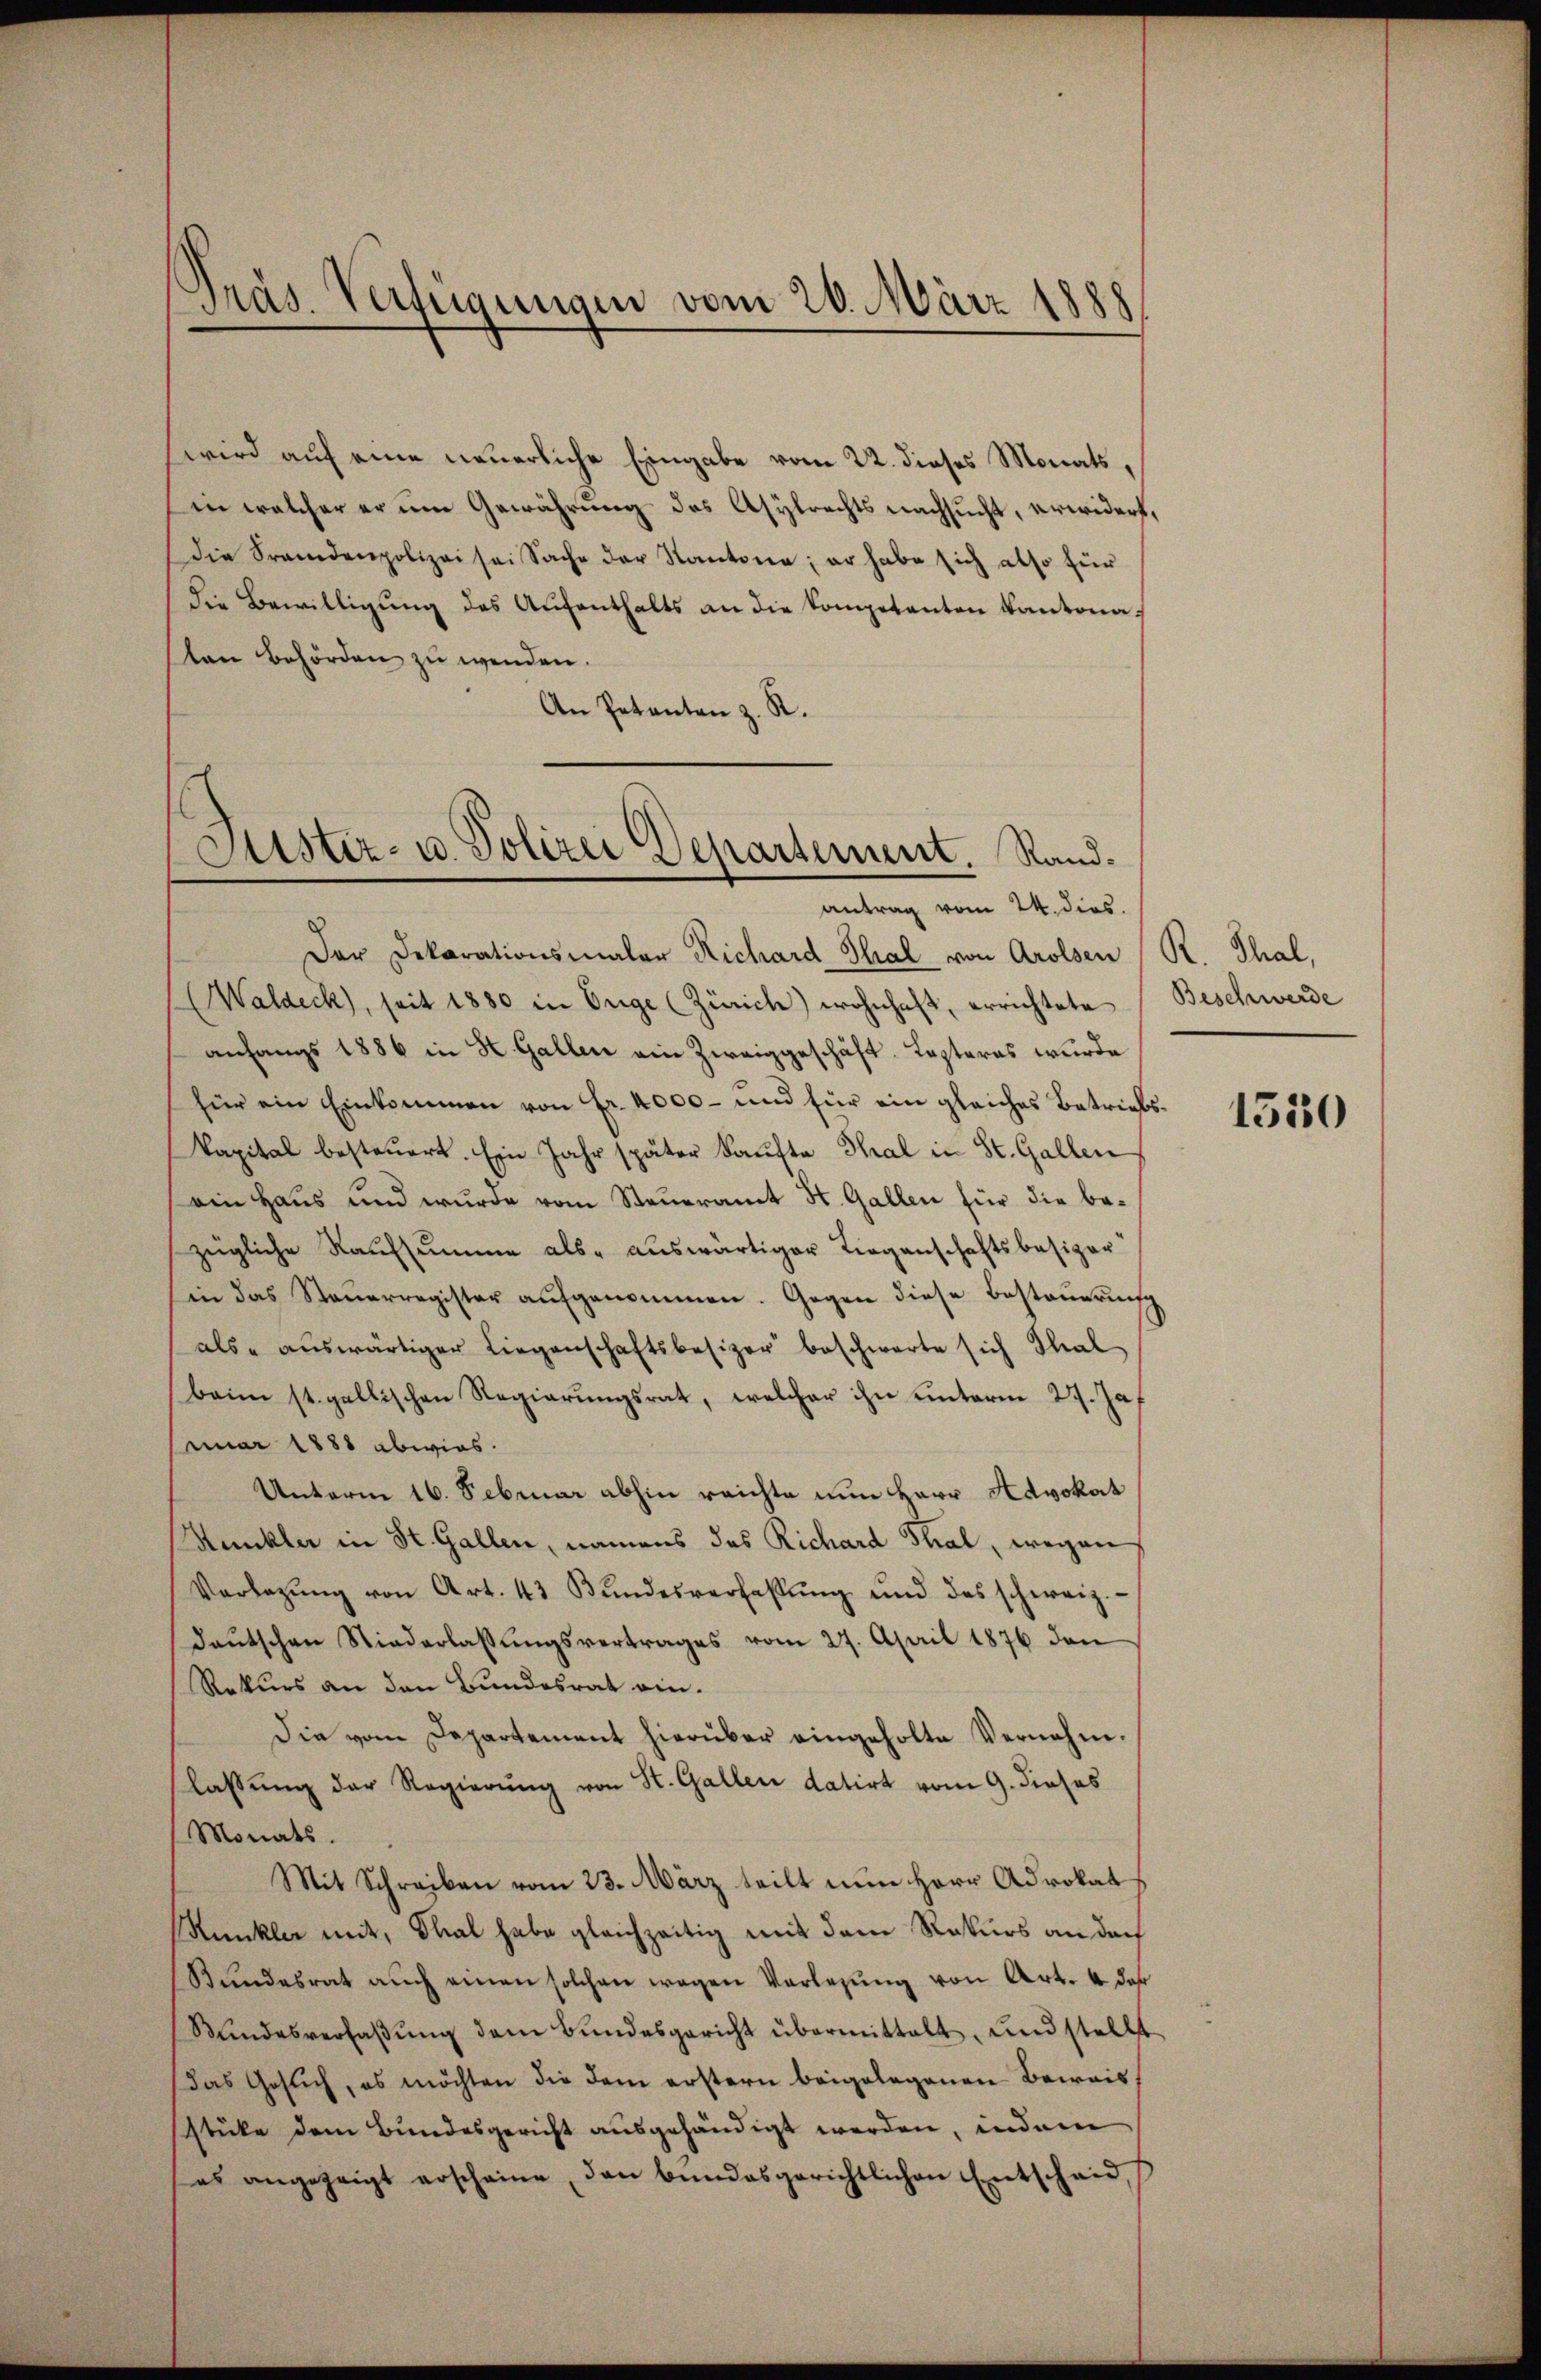
Präs. Verfügungen vom 26. März 1888

wird auf eine neuerliche Eingabe vom 22. dieses Monats,
in welcher er um Gewährung des Asylrechts nachsucht, erwidert,
die Fremdenpolizei sei Sache der Kantone; er habe sich also für
die Bewilligung des Aŭfenthalts an die Kompetenten Kantonasten Behörden zu wenden.
An Petenten z. R.

Jüster- u. Polizei Departement. Sandantrag vom 24. dies.
Der Dekorationsmaler Richard Thal von Arolsen R. Thal,

Waldeck, seit 1880 in Enge (Zürich) wohnhaft, errichtete Beschwerde
anfangs 1886 in H. Gallen ein Zweiggeschäft. Kasteras wurde
für ein Einkommen von Fr. 4000 - und für ein gleiches Betriebskapital besteuert. Ein Jahr später Kaufte Thal in St. Gallen
(ein Haus und wurde vom Steueramt St. Gallen für die bezügliche Kaufsumme als auswärtiger Liegenschaftsbesizer
in das Steŭerregister aufgenommen. Gegen diese Besteuerung
als auswärtiger Liegenschaftsbesizer beschwerte sich Thal
beim st. gallischen Regierungsrat, welcher ihn unterm 27. Ja
nuar 1888 abwies.
Unterm 16. Februar abhin reichte nun Herr Advokat
Munkler in St. Gallen, namens das Richard Thal, wegen
Vorlegŭng von Art. 43 Bŭndesverfassŭng und des schweiz.
deŭtschen Niederlassŭngsvertrages vom 27. April 1876 den
Rekurs an den Bundesrat ein¬
Die vom Departement hierüber eingeholte Vernehm.
lassung der Regierung von St. Gallen datirt vom 9. dieses
Monats.
Mit Schreiben vom 23. März teilt nun Herr Advokat
Kunkler mit, Thal habe gleichzeitig mit dem Rekurs an doch
Bundesrat auch einen solchen wegen Vorlesung von Art. 4 das
Mindesverfaβŭng dem Bŭndesgericht übermittelt, und stellt
Das Gesuch, es möchten die dem erstern beigelegenen Beweis
stüke dem Bundesgericht ausgehändigt werden, indem
es angezeigt erscheine, den bundesgerichtlichen Entscheid

1530